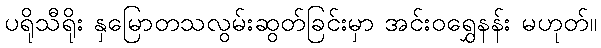
ပရိုသီရိုး နှမြောတသလွမ်းဆွတ်ခြင်းမှာ အင်းဝရွှေနန်း မဟုတ်။